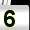
Digit: 5